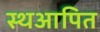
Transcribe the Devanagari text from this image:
स्थआपित